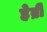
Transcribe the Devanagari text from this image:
हेब्री